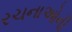
રચનાઓની